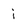
Character: i